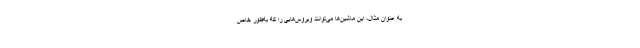
به عنوان مثال، این ماشین‌ها می‌توانند ویروس‌هایی را که به‌طور خاص